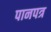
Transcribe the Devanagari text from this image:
पानपत्र